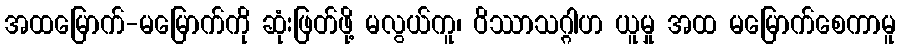
အထမြောက်-မမြောက်ကို ဆုံးဖြတ်ဖို့ မလွယ်ကူ၊ ဝိဿာသဂ္ဂါဟ ယူမှု အထ မမြောက်စေကာမူ